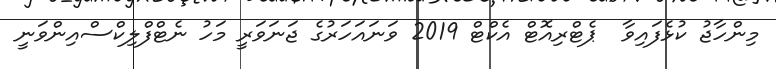
މިންހާޖު ކުޅެފައިވާ  ޕެޓްރިއޮޓް އެކްޓް 2019 ވަނައަހަރުގެ ޖަނަވަރީ މަހު ނެޓްފްލިކްސްއިންވަނީ